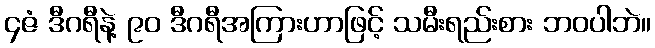
၄ဇံ ဒီဂရီနဲ့ ၉၀ ဒီဂရီအကြားဟာဖြင့် သမီးရည်းစား ဘဝပါဘဲ။